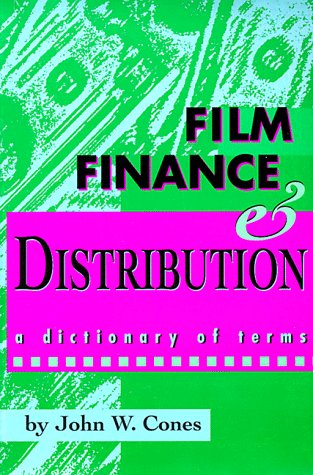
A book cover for Film Finance and Distribution: A Dictionary of Terms; John W. Cones; Humor & Entertainment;